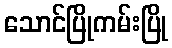
သောင်ပြိုကမ်းပြို